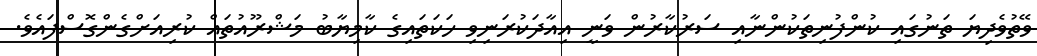
ވޭތުވެދިޔަ ތަނުގައި ކުންފުނިތަކުންނާއި ސަރުކާރުން ވަނީ އިއާދަކުރަނިވި ހަކަތައިގެ ކާމިޔާބު މަޝްރޫއުތައް ކުރިއަށްގެންގޮސްފައެވެ.